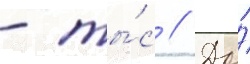
- ты́с // До́